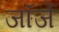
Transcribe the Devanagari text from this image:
जॉर्जे